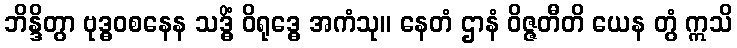
ဘိန္ဒိတွာ ဗုဒ္ဓဝစနေန သဒ္ဓိံ ဝိရုဒ္ဓေ အကံသု။ နေတံ ဌာနံ ဝိဇ္ဇတီတိ ယေန တွံ ဣသိ